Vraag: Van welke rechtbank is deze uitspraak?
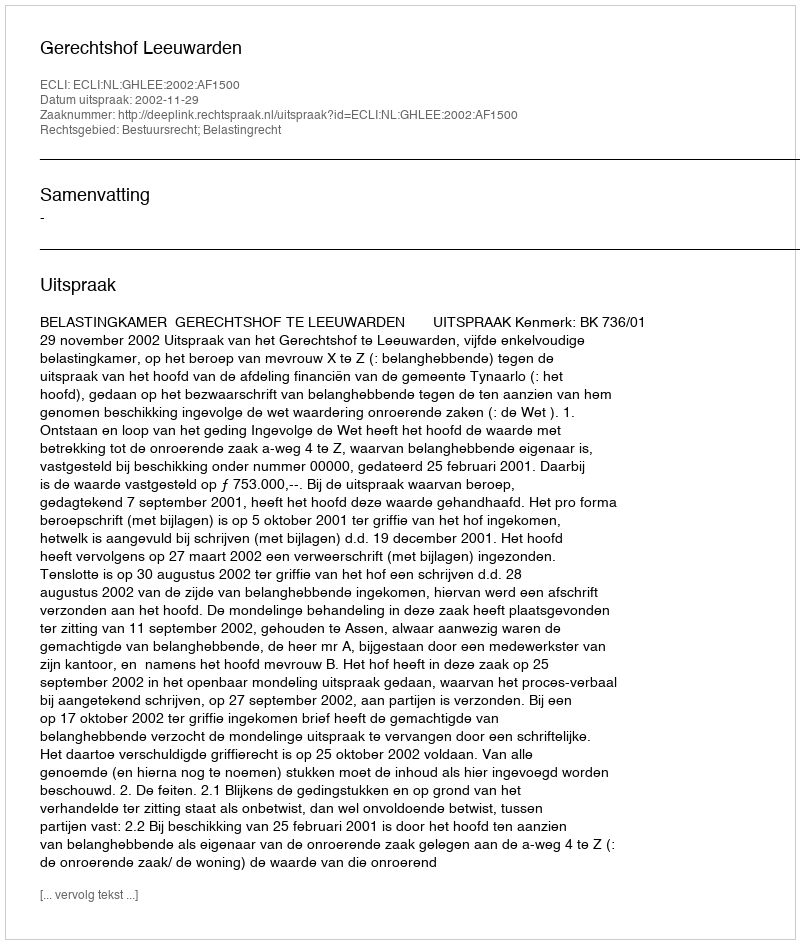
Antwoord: Gerechtshof Leeuwarden